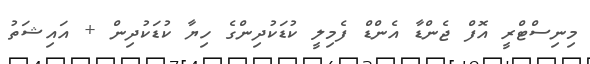
މިނިސްޓްރީ އޮފް ޖެންޑާ އެންޑް ފެމިލީ ކުޑަކުދިންގެ ހިޔާ ކުޑަކުދިން + އައިޝަތު